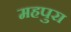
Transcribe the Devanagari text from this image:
महपुरा